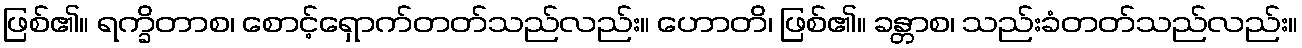
ဖြစ်၏။ ရက္ခိတာစ၊ စောင့်ရှောက်တတ်သည်လည်း။ ဟောတိ၊ ဖြစ်၏။ ခန္တာစ၊ သည်းခံတတ်သည်လည်း။